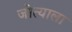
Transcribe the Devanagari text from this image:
जोत्याला